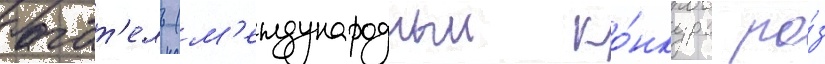
багат'ель (м'еждународныи ко́нкурс ро́з